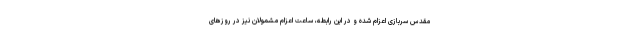
مقدس سربازی اعزام شده و در این رابطه، ساعت اعزام مشمولان نیز در روزهای